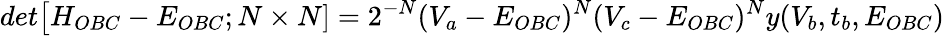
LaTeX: det\big[H_{OBC}-E_{OBC};N\times N]=2^{-N}(V_{a}-E_{OBC})^{N}(V_{c}-E_{OBC})^{N}y(V_{b},t_{b},E_{OBC})